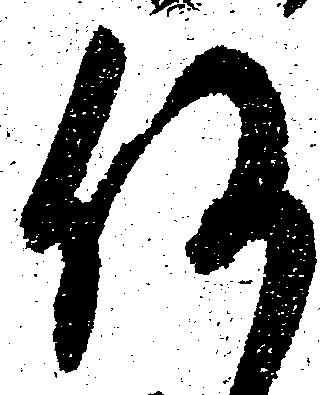
何